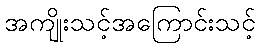
အကျိုးသင့်အကြောင်းသင့်